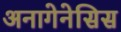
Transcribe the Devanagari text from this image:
अनागेनेसिस